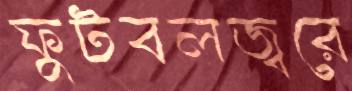
ফুটবলজ্বরে